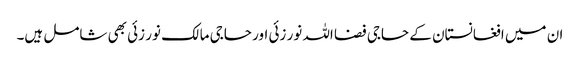
ان میں افغانستان کے حاجی فضا اللہ نور زئی اور حاجی مالک نور زئی بھی شامل ہیں۔